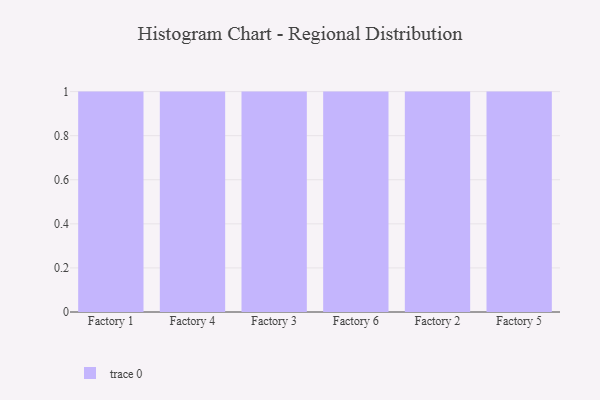
{"axis": {"x": "Factory", "y": "Satisfaction Score"}, "legend": [""], "data": [{"x": "Factory 1", "y": 19, "type": ""}, {"x": "Factory 4", "y": 45, "type": ""}, {"x": "Factory 3", "y": 38, "type": ""}, {"x": "Factory 6", "y": 82, "type": ""}, {"x": "Factory 2", "y": 47, "type": ""}, {"x": "Factory 5", "y": 98, "type": ""}]}